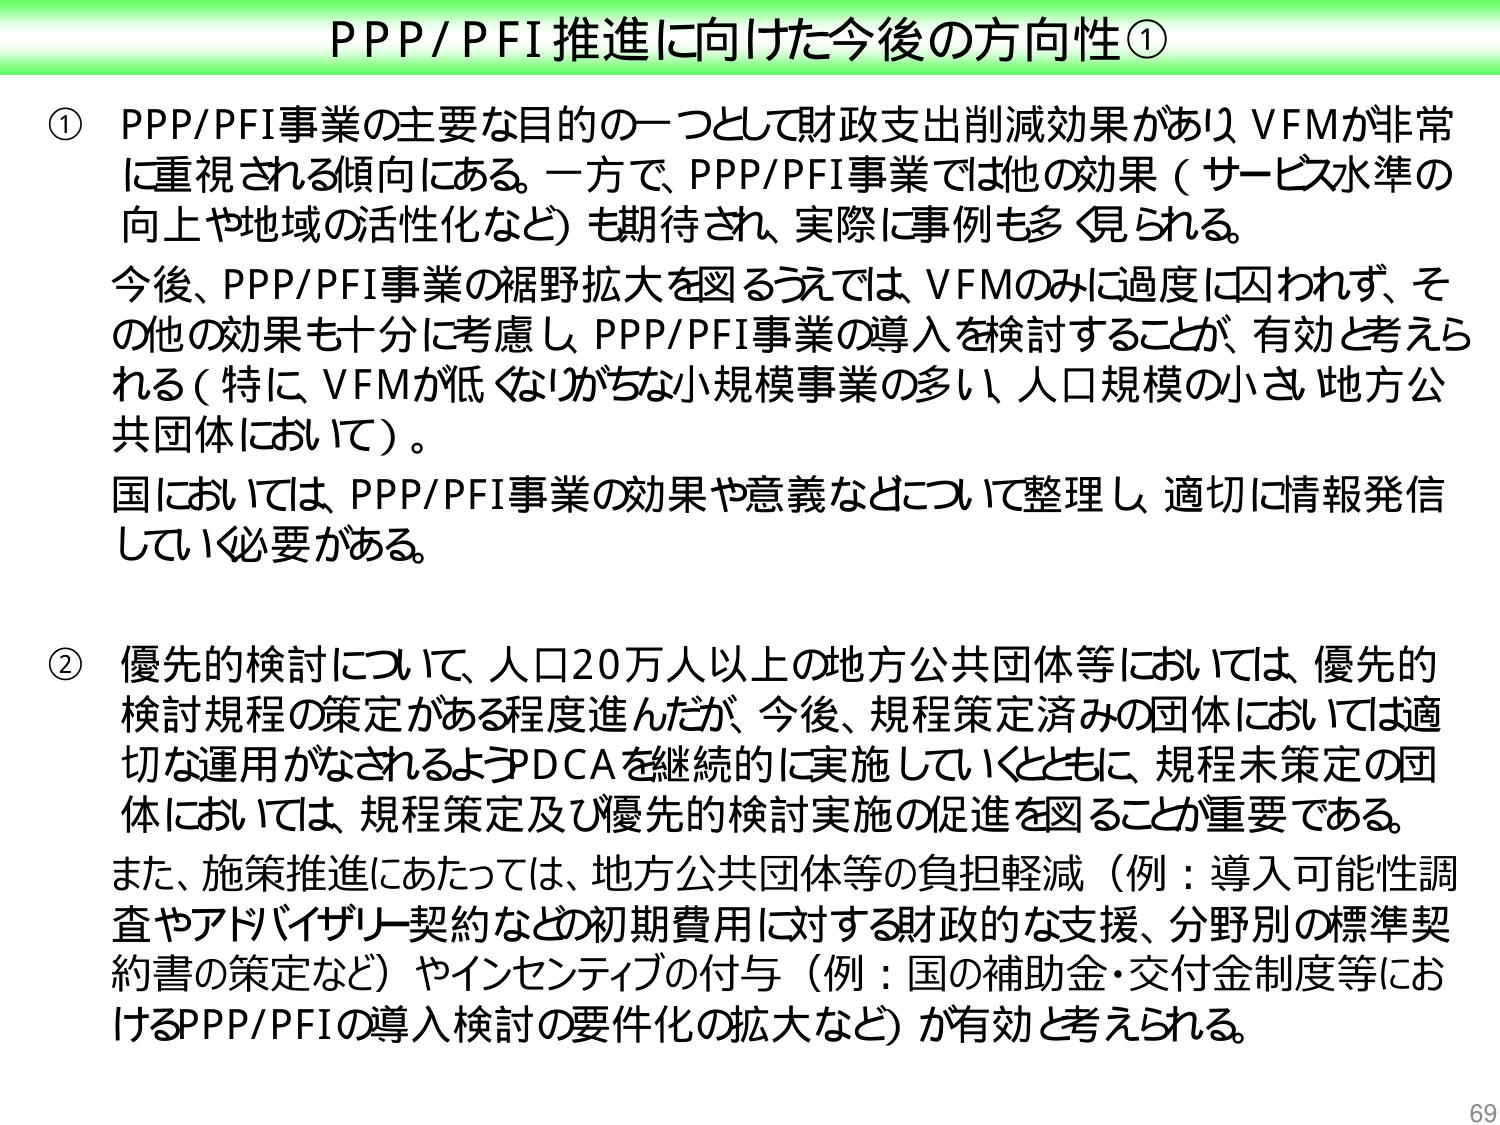
PPP/PFI推進に向けた今後の方針性①

① PPP/PFI事業の主要な目的の一つとして財政支出削減効果があり、VFMが非常に重視される傾向にある。一方で、PPP/PFI事業では他の効果（サービス水準の向上や地域の活性化など）も期待され、実際に事例も多く見られる。
今後、PPP/PFI事業の裾野拡大を図るうえでは、VFMのみに過度に囚われず、その他の効果も十分に考慮し、PPP/PFI事業の導入を検討することが有効と考えられる（特にVFMが低くないがちな小規模事業の多い、人口規模の小さい地方公共団体において）。
国においては、PPP/PFI事業の効果や意義などについて整理し、適切に情報発信していく必要がある。

② 優先的検討について、人口20万人以上的地方公共団体等においては、優先的検討規程の策定がある程度進んだが、今後、規程策定済みの団体においては適切な運用がなされるようPDCAを継続的に実施していくとともに、規程未策定の団体においては、規程策定及び優先的検討実施の促進を図ることが重要である。
また、施策推進にあたっては、地方公共団体等の負担軽減（例：導入可能性調査やアドバイザリー契約などの初期費用に対する財政的な支援、分野別の標準契約書の策定など）やインセンティブの付与（例：国の補助金・交付金制度等におけるPPP/PFIの導入検討の要件化の拡大など）が有効と考えられる。

69